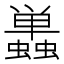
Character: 𬠷